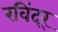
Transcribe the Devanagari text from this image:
रविंदर्